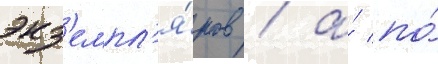
экз'емпл'я́ров / а́ по́